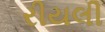
રીયલી